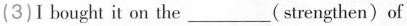
(3)I bought it on the___(strengthen)of